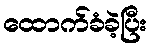
ထောက်ခံခဲ့ပြီး